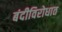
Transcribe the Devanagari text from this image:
बंदीविरोधात